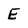
Character: E